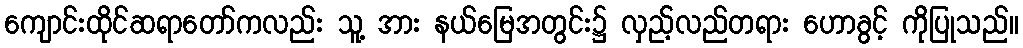
ကျောင်းထိုင်ဆရာတော်ကလည်း သူ့ အား နယ်မြေအတွင်း၌ လှည့်လည်တရား ဟောခွင့် ကိုပြုသည်။